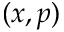
( x , p )